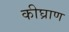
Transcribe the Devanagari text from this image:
कीघ्राण